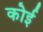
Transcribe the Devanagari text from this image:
कोई